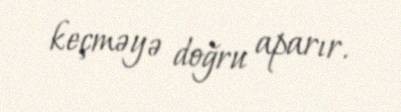
keçməyə doğru aparır.